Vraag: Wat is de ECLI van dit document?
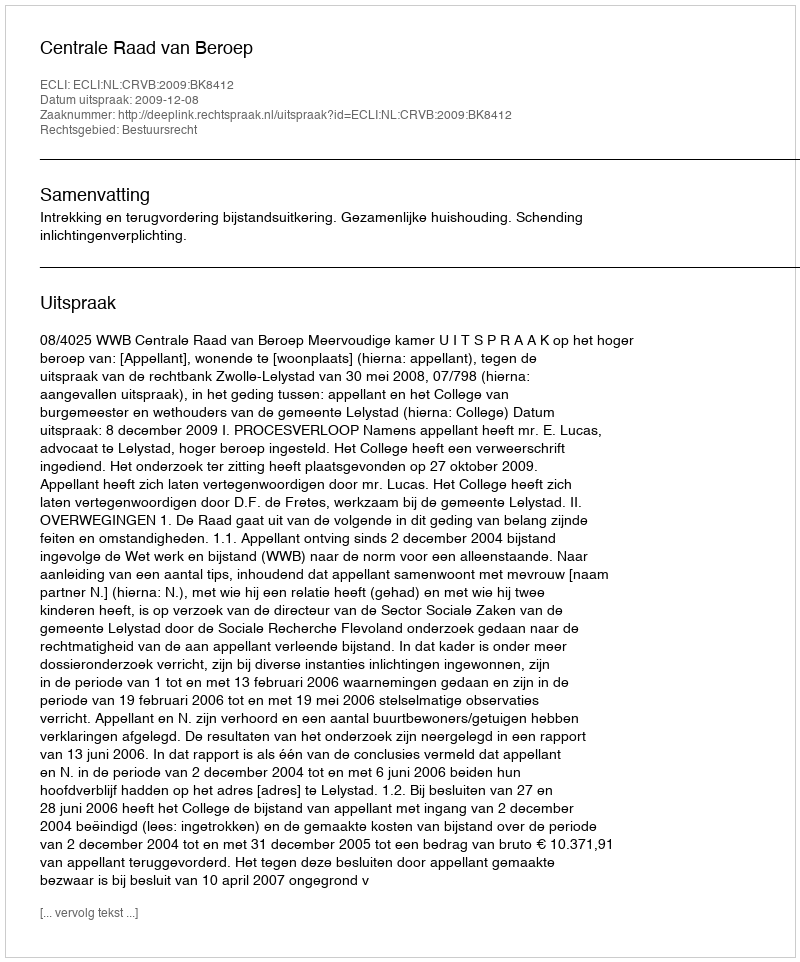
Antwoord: ECLI:NL:CRVB:2009:BK8412